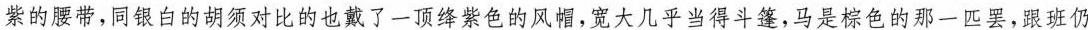
紫的腰带,同银白的胡须对比的也戴了一顶绛紫色的风帽，宽大几乎当得斗篷,马是棕色的那一匹罢,跟班仍